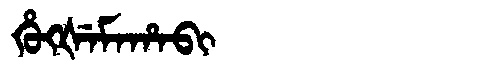
Manchu: ᡥᡠᡴᡧᡝᠮᠠᡥᠠᠪᡳ
Romanization: HUKŠEMAHABI